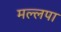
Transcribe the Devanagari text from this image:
मल्लपा